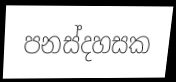
පනස්දහසක